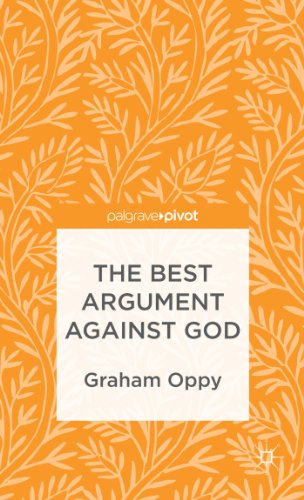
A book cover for The Best Argument Against God (Palgrave Pivot); Graham Oppy; Religion & Spirituality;